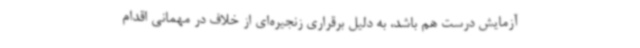
آزمایش درست هم باشد، به دلیل برقراری زنجیره‌ای از خلاف در مهمانی اقدام